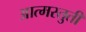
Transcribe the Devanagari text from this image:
आत्मस्तुती